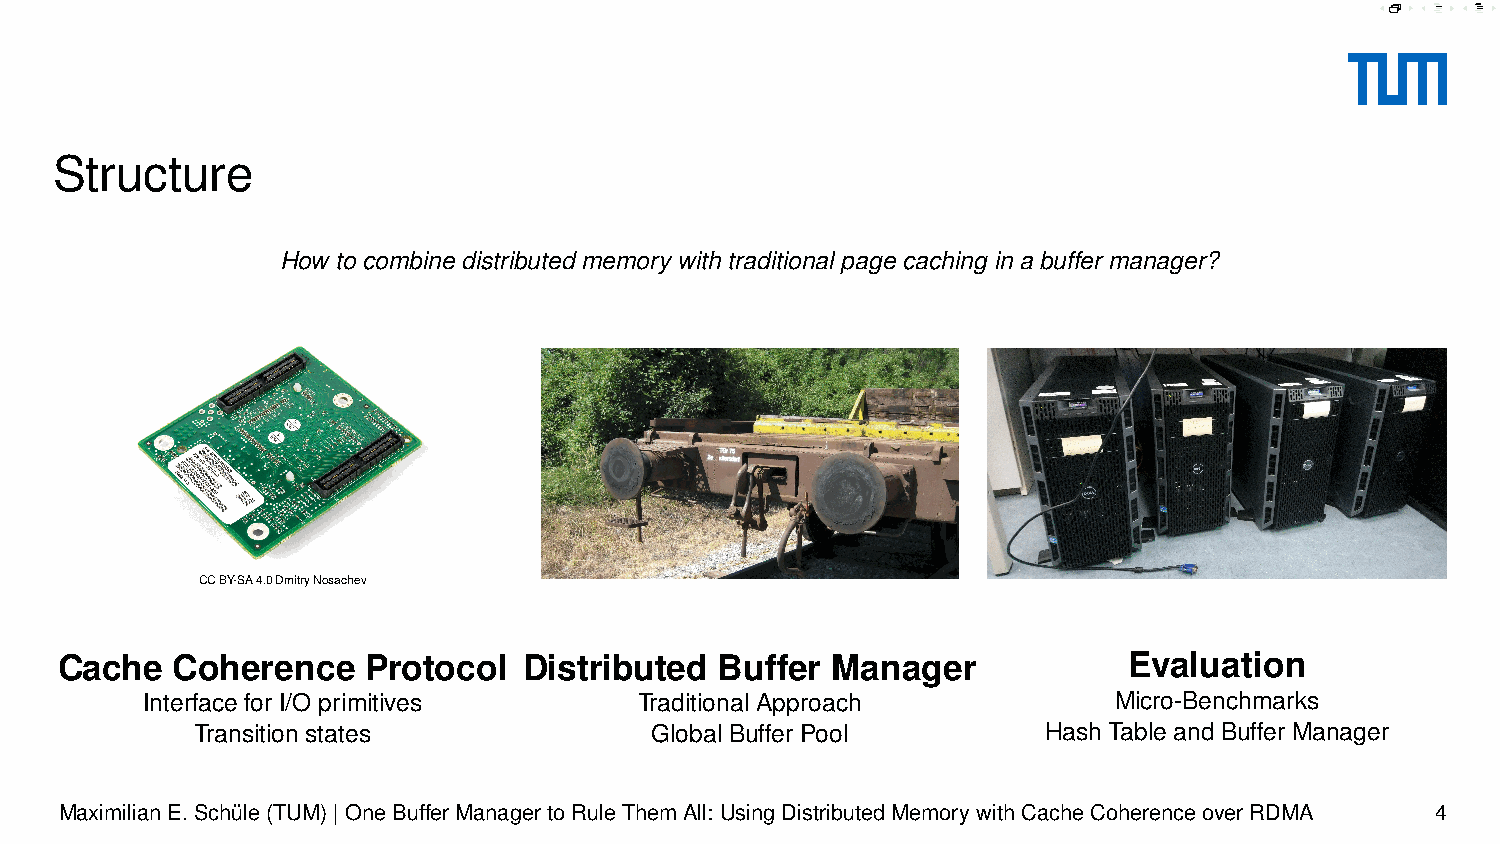
Structure
 How to combine distributed memory with traditional page caching in a buffer manager?
 CCBY-SA4.0DmitryNosachev
 Cache  Coherence    Protocol   Distributed  Buffer Manager             Evaluation
 Interface for I/O primitives     Traditional Approach            Micro-Benchmarks
 Transition states             Global Buffer Pool        Hash Table and Buffer Manager
 MaximilianE.Schüle(TUM)|OneBufferManagertoRuleThemAll: UsingDistributedMemorywithCacheCoherenceoverRDMA 4